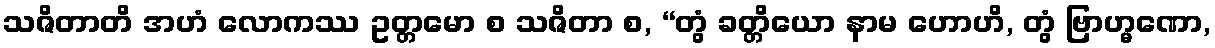
သဇိတာတိ အဟံ လောကဿ ဥတ္တမော စ သဇိတာ စ, “တွံ ခတ္တိယော နာမ ဟောဟိ, တွံ ဗြာဟ္မဏော,